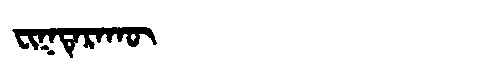
Manchu: ᠸᡳᡴᡨᡝᡵᠠᡴᡡ
Romanization: FIKTERAKŪ